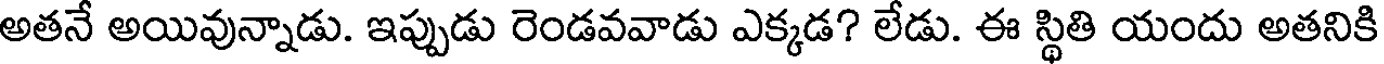
అతనే అయివున్నాడు. ఇప్పుడు రెండవవాడు ఎక్కడ? లేడు. ఈ స్థితి యందు అతనికి